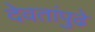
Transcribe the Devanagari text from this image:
देवतांपुढे